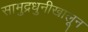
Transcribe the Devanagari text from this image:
सामुद्रधुनीखालून